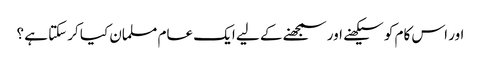
اور اس کام کو سیکھنے اور سمجھنے کے لیے ایک عام مسلمان کیا کرسکتا ہے ؟